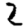
Digit: 2